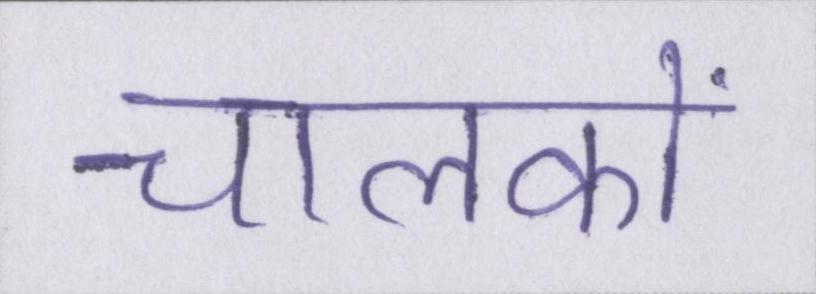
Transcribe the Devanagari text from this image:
चालकों